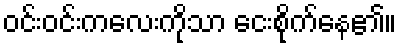
ဝင်းဝင်းကလေးကိုသာ ငေးစိုက်နေ၏။